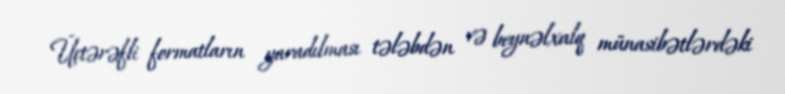
Üçtərəfli formatların yaradılması tələbdən və beynəlxalq münasibətlərdəki